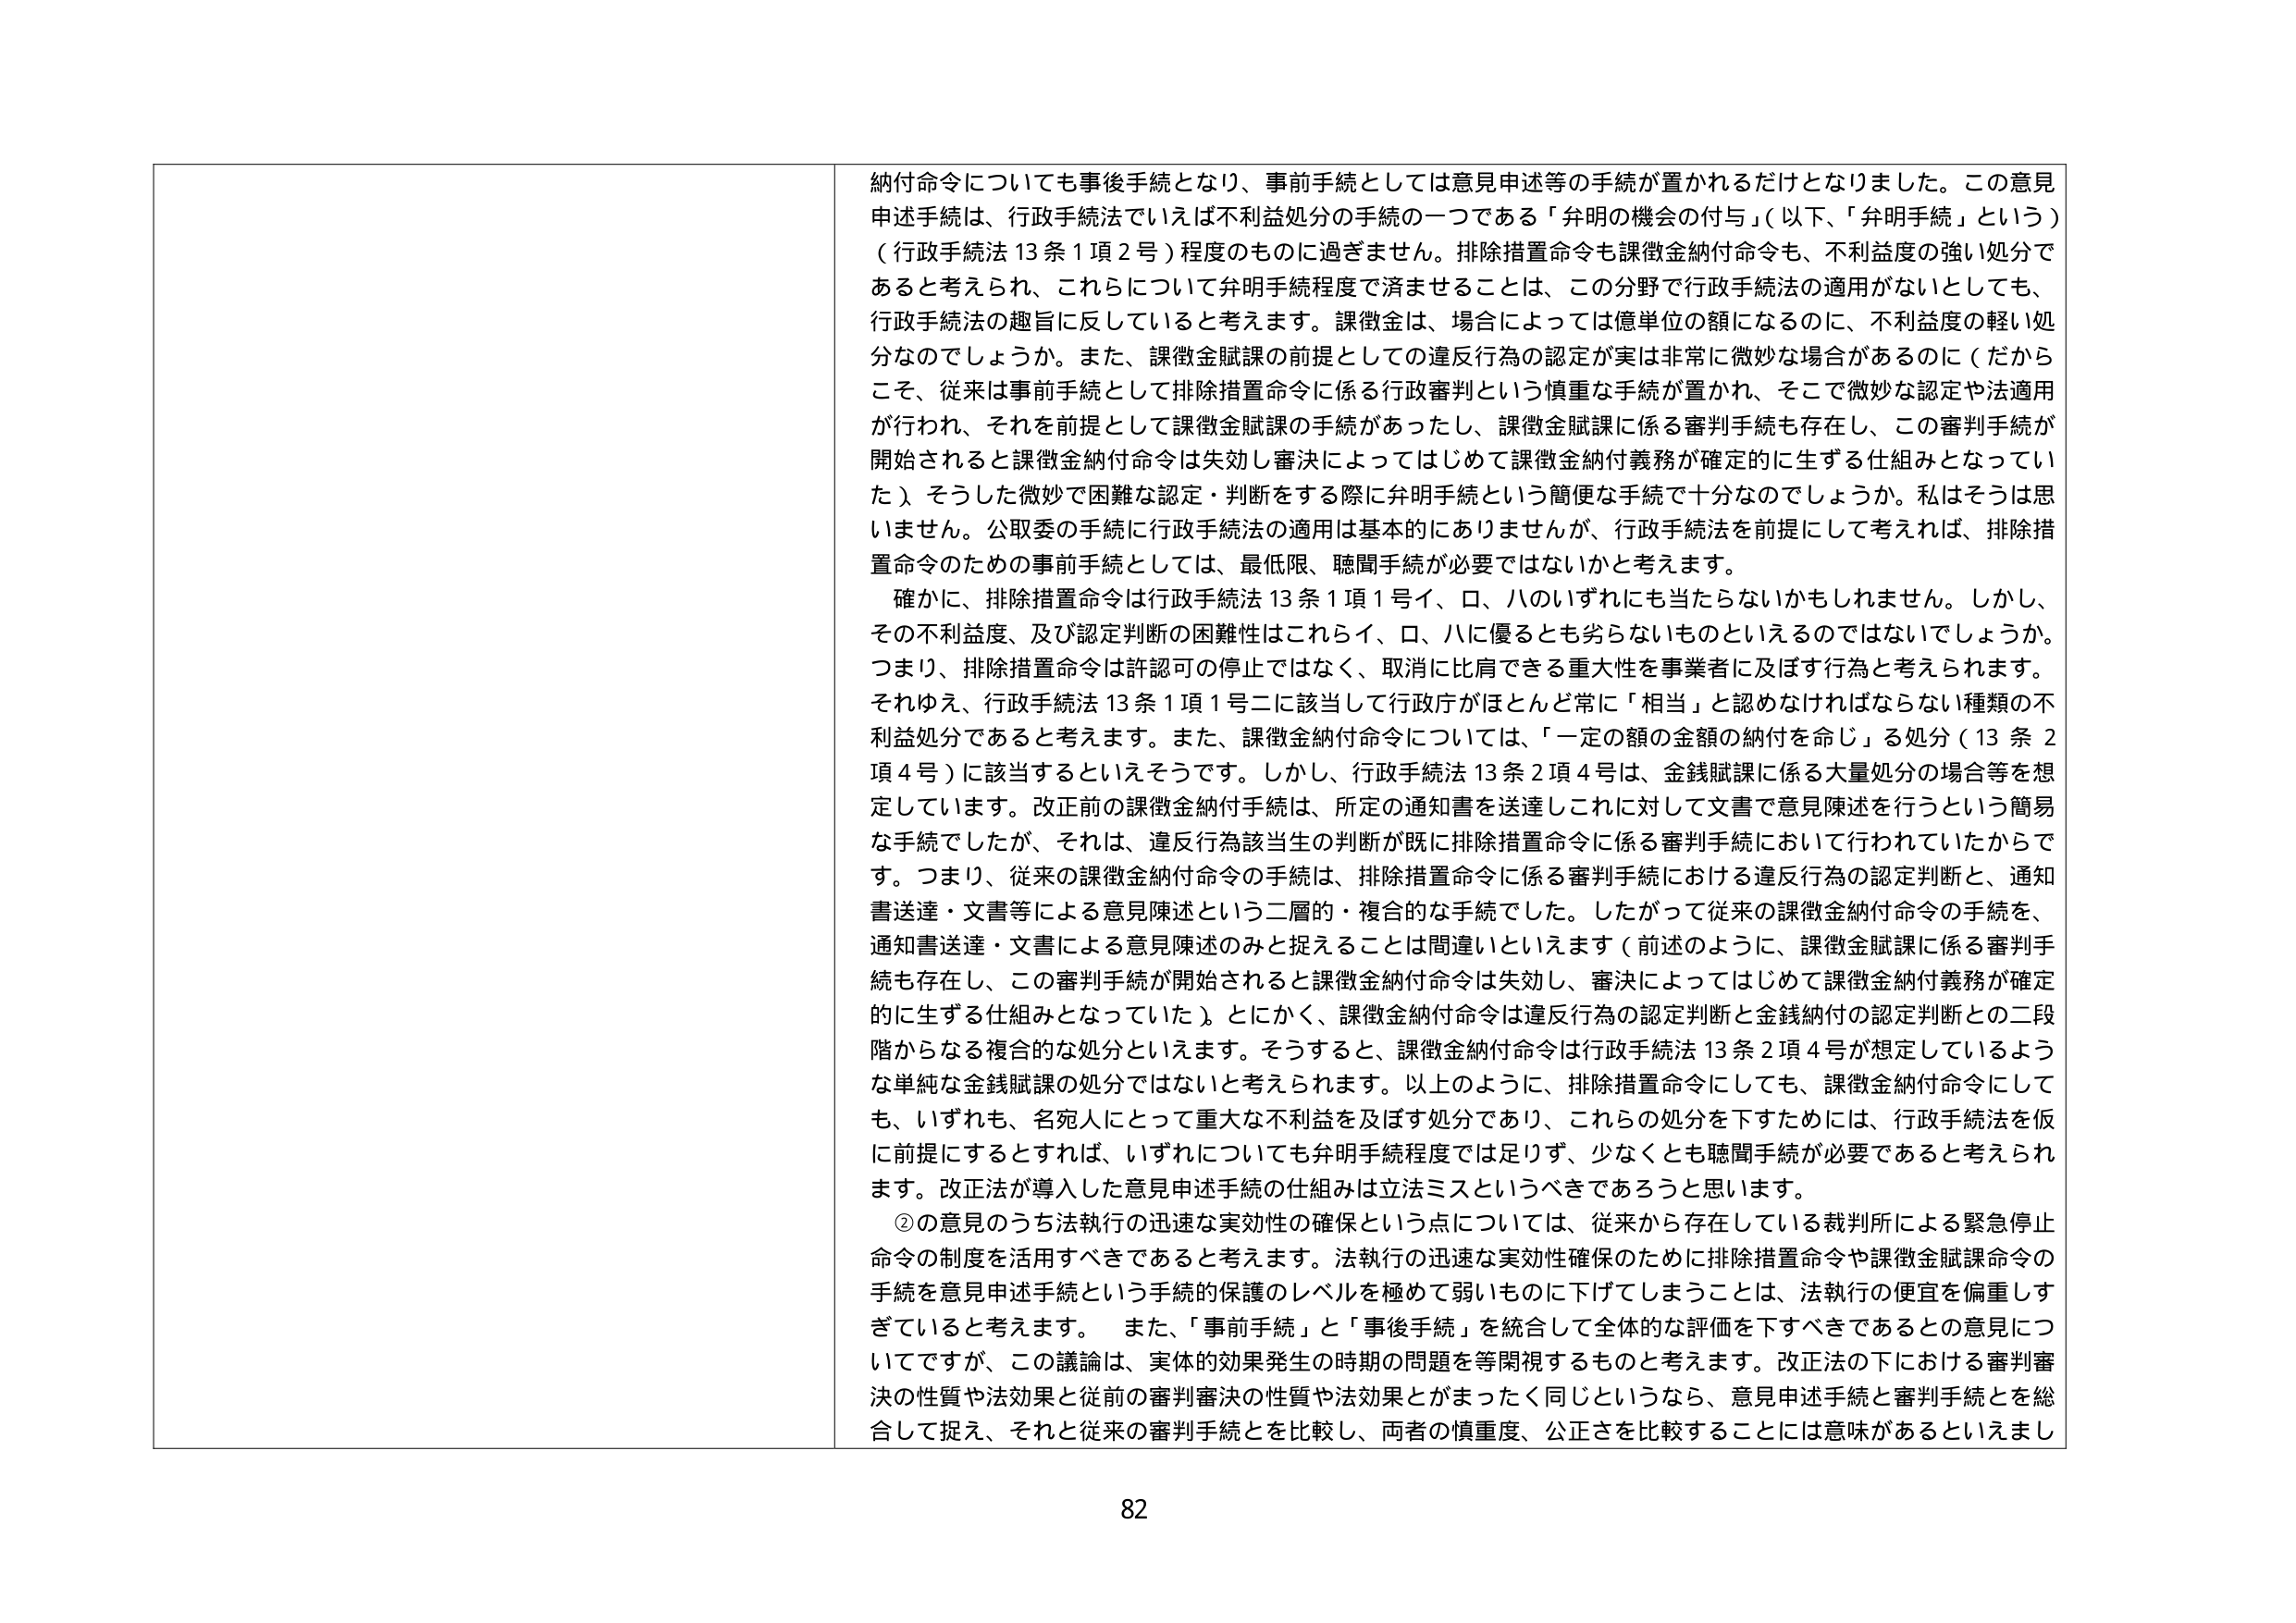
納付命令についても事後手続となり、事前手続としては意見申述等の手続が置かれるだけとなりました。この意見申述手続は、行政手続法でいえば不利益処分の手続の一つである「弁明の機会の付与」（以下、「弁明手続」という）（行政手続法13条1項2号）程度のものに過ぎません。排除措置命令も課徴金納付命令も、不利益度の強い処分であると考えられ、これらについて弁明手続程度で済ませることは、この分野で行政手続法の適用がないとしても、行政手続法の趣旨に反していると考えます。課徴金は、場合によっては億単位の額になるのに、不利益度の軽い処分なのでしょうか。また、課徴金賦課の前提としての違反行為の認定が実是非常に微妙な場合があるのに（だからこそ、従来は事前手続として排除措置命令に係る行政審判という慎重な手続が置かれ、そこで微妙な認定や法適用が行われ、それを前提として課徴金賦課の手続があったし、課徴金賦課に係る審判手続も存在し、この審判手続が開始されると課徴金納付命令は失効し審決によってはじめて課徴金納付義務が確定的に生ずる仕組みとなっていた）、そうした微妙で困難な認定・判断をする際に弁明手続という簡便な手続で十分なのでしょうか。私はそうは思いません。公取委の手続に行政手続法の適用は基本的にありませんが、行政手続法を前提にして考えれば、排除措置命令のための事前手続としては、最低限、聴聞手続が必要ではないかと考えます。

確かに、排除措置命令は行政手続法13条1項1号イ、ロ、ハのいずれにも当たらないかもしれません。しかし、その不利益度、及び認定判断の困難性はこれらイ、ロ、ハに優るとも劣らないものといえるのではないでしょうか。つまり、排除措置命令は許認可の停止ではなく、取消に比肩できる重大性を事業者に及ぼす行為と考えられます。それゆえ、行政手続法13条1項1号ニに該当して行政庁がほとんど常に「相当」と認めなければならない種類の不利益処分であると考えます。また、課徴金納付命令については、「一定の額の金額の納付を命じ」る処分（13条2項4号）に該当するといえそうです。しかし、行政手続法13条2項4号は、金銭賦課に係る大量処分の場合等を想定しています。改正前の課徴金納付手続は、所定の通知書を送達しこれに対して文書で意見陳述を行うという簡易な手続でしたが、それは、違反行為該当生の判断が既に排除措置命令に係る審判手続において行われていたからです。つまり、従来の課徴金納付命令の手続は、排除措置命令に係る審判手続における違反行為の認定判断と、通知書送達・文書等による意見陳述という二層的・複合的な手続でした。したがって従来の課徴金納付命令の手続を、通知書送達・文書による意見陳述のみと捉えることは間違いといえます（前述のように、課徴金賦課に係る審判手続も存在し、この審判手続が開始されると課徴金納付命令は失効し、審決によってはじめて課徴金納付義務が確定的に生ずる仕組みとなっていた）。とにかく、課徴金納付命令は違反行為の認定判断と金銭納付の認定判断との二段階からなる複合的な処分といえます。そうすると、課徴金納付命令は行政手続法13条2項4号が想定しているような単純な金銭賦課の処分ではないと考えられます。以上のように、排除措置命令にしても、課徴金納付命令にしても、いずれも、名宛人にとって重大な不利益を及ぼす処分であり、これらの処分を下すためには、行政手続法を仮に前提にするとすれば、いずれについても弁明手続程度では足りず、少なくとも聴聞手続が必要であると考えられます。改正法が導入した意見申述手続の仕組みは立法ミスというべきであろうと思います。

②の意見のうち法執行の迅速な実効性の確保という点については、従来から存在している裁判所による緊急停止命令の制度を活用すべきであると考えます。法執行の迅速な実効性確保のために排除措置命令や課徴金賦課命令の手続を意見申述手続という手続の保護のレベルを極めて弱いものに下げてしまうことは、法執行の便宜を偏重しすぎていると考えます。また、「事前手続」と「事後手続」を統合して全体的な評価を下すべきであるとの意見についてですが、この議論は、実体的効果発生の時期の問題を等閑視するものと考えます。改正法の下における審判審決の性質や法効果と従前の審判審決の性質や法効果とがまったく同じというなら、意見申述手続と審判手続とを総合して捉え、それと従来の審判手続とを比較し、両者の慎重度、公正さを比較することには意味があるといえまし

82